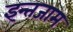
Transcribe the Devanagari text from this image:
इन्‍तजाम